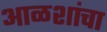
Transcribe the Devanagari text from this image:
आळशांचा